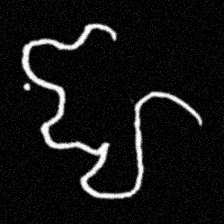
Pyu character \u2014 Myanmar letter: ဈ (romanized: jha)